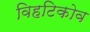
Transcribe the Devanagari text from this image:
विहटिकोव